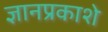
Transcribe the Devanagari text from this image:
ज्ञानप्रकाशे